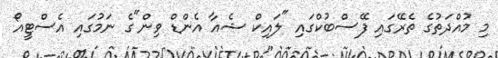
މި މުއްދަތުގެ ތެރޭގައި ފޭސްބުކްގައި "ލައިކް ޝެއާ އެންޑް ވިން"ގެ ނަމުގައި އެސްޓީއޯ